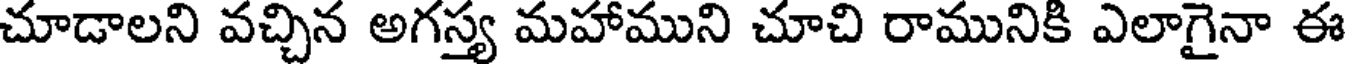
చూడాలని వచ్చిన అగస్త్య మహాముని చూచి రామునికి ఎలాగైనా ఈ